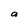
Character: a